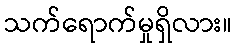
သက်ရောက်မှုရှိလား။